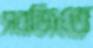
সবজিতে